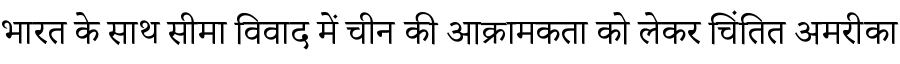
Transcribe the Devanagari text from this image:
भारत के साथ सीमा विवाद में चीन की आक्रामकता को लेकर चिंतित अमरीका